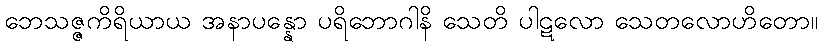
ဘေသဇ္ဇကိရိယာယ အနာပန္နော ပရိဘောဂါနိ သေတိ ပါဋလော သေတလောဟိတော။